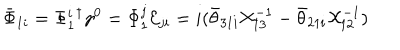
LaTeX: \bar { \Phi } _ { 1 i } = \Phi _ { 1 } ^ { i } { } ^ { \dagger } \gamma ^ { 0 } = \Phi _ { 1 } ^ { j } { \cal E } _ { j i } = i ( \bar { \theta } _ { 3 1 i } { \cal X } _ { 1 3 } ^ { - 1 } - \bar { \theta } _ { 2 1 i } { \cal X } _ { 1 2 } ^ { - 1 } )